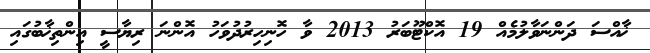
ޚާއްސަ ދަންނަވާލުމެއް 19 އޮކްޓޫބަރު 2013 ވާ ހޮނިހިރުދުވަހު އޮންނަ ރިޔާސީ އިންތިޚާބުގައި